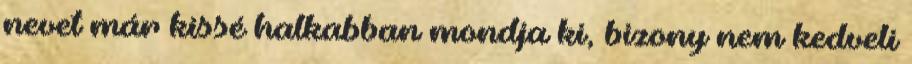
nevet már kissé halkabban mondja ki, bizony nem kedveli